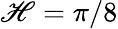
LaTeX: \mathscr{H}=\pi/8